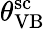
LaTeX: {\theta}_{\mathrm{VB}}^{\mathrm{sc}}